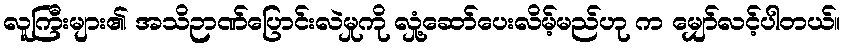
လူကြီးများ၏ အသိဉာဏ်ပြောင်းလဲမှုကို လှုံ့ဆော်ပေးလိမ့်မည်ဟု က မျှော်လင့်ပါတယ်။